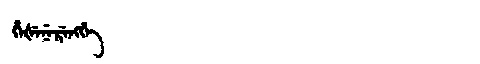
Manchu: ᡥᡝᡧᡝᠨᡝᡵᡝᠩᡤᡝ
Romanization: HEŠENERENGGE